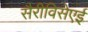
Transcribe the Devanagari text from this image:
सैरीविसेएई